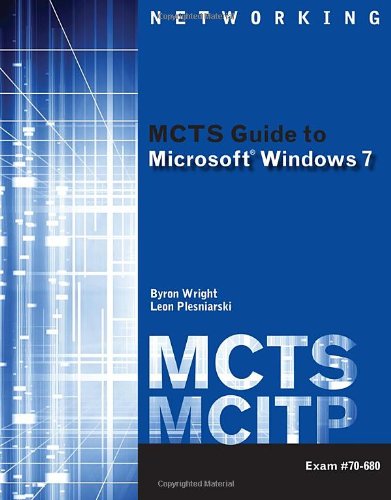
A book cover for MCTS Guide to Microsoft Windows 7 (Exam # 70-680) (Test Preparation); Byron Wright; Computers & Technology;